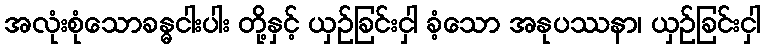
အလုံးစုံသောခန္ဓငါးပါး တို့နှင့် ယှဉ်ခြင်းငှါ ခံ့သော အနုပဿနာ၊ ယှဉ်ခြင်းငှါ